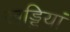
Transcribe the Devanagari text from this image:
खड्डियां